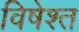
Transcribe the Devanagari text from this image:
विषेश्त